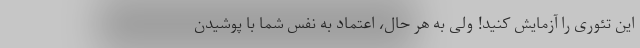
این تئوری را آزمایش کنید! ولی به هر حال، اعتماد به نفس شما با پوشیدن